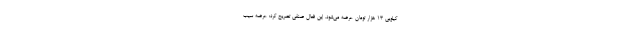
کیلویی 13 هزار تومان عرضه می‌شود. این فعال صنفی تصریح کرد: عرضه سیب